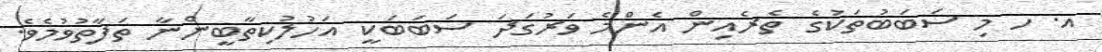
އ. ހ މި ސަބަބުތަކުގެ ތެރެއިން އެންމެ ވަރުގަދަ ސަބަބަކީ އަހުލުކިތާބީންނާ ތަފާތުވުމެވެ.